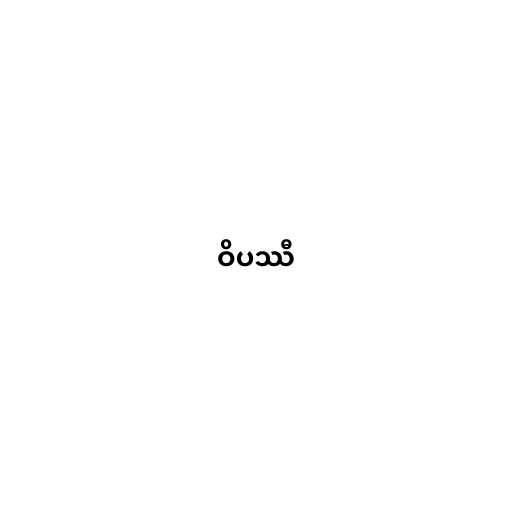
ဝိပဿီ